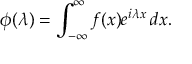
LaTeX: \phi ( \lambda ) = \int _ { - \infty } ^ { \infty } f ( x ) e ^ { i \lambda x } \, d x .